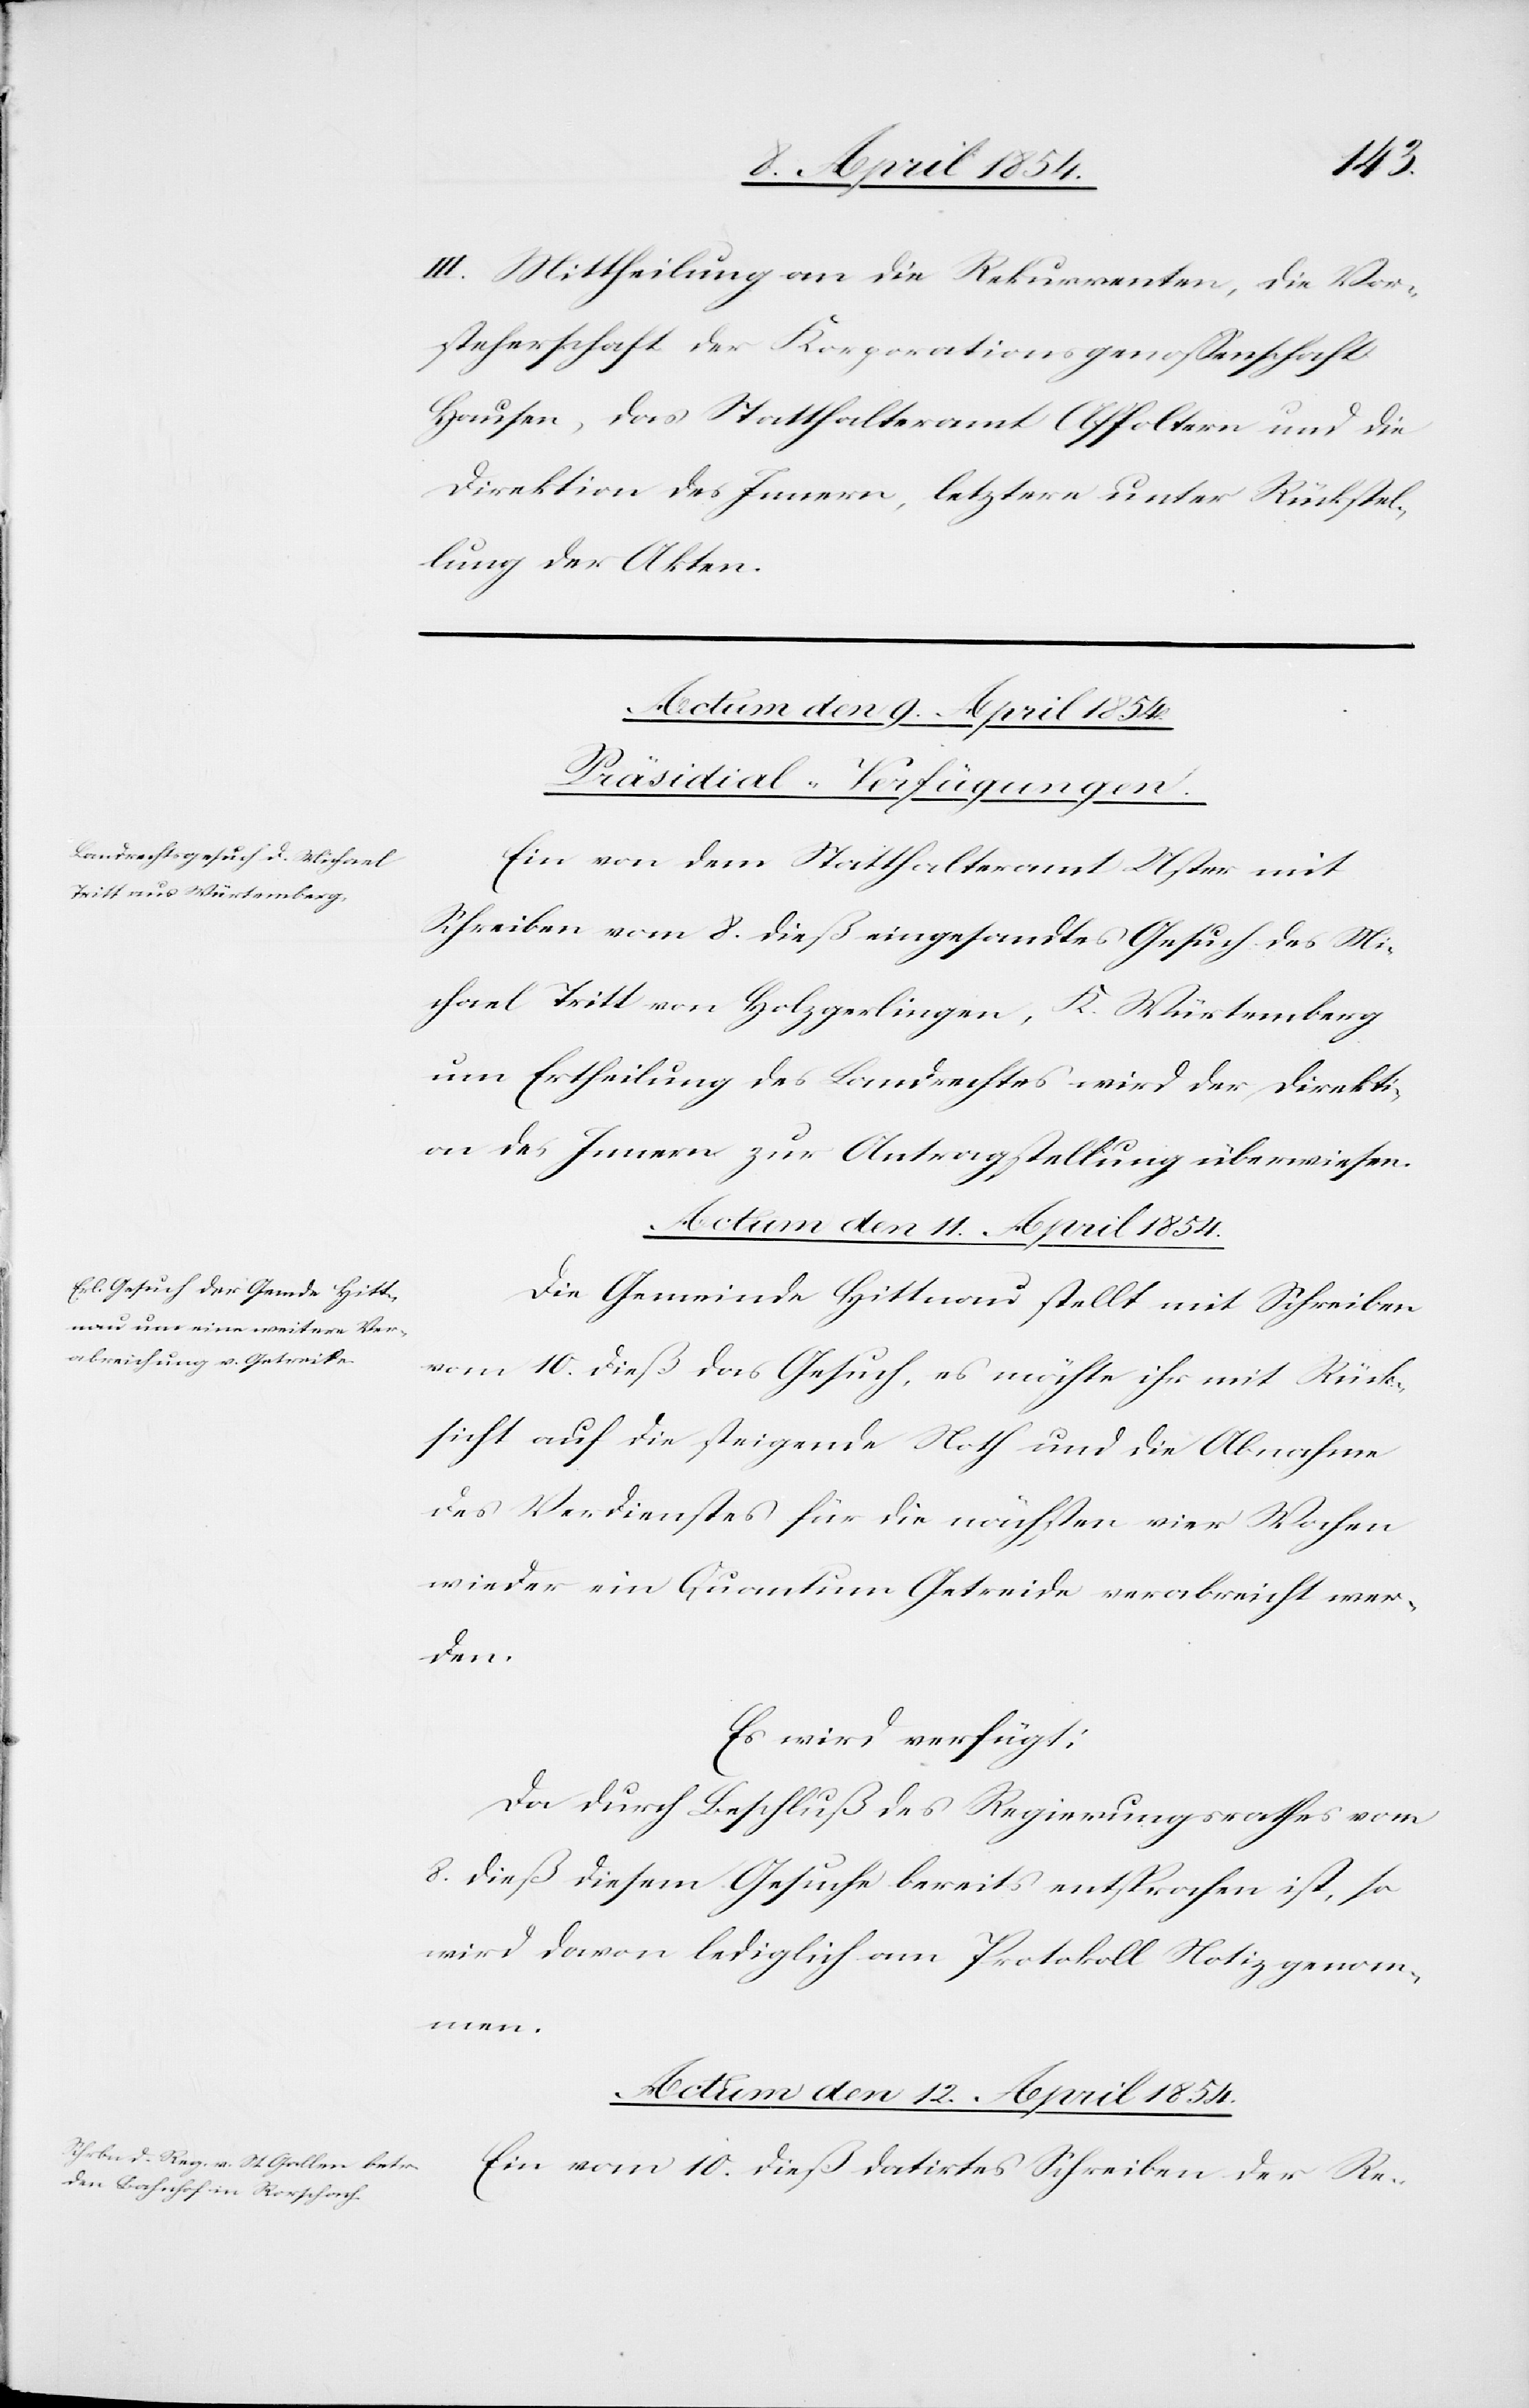
III. Mittheilung an die Rekurrenten, die Vor¬
steherschaft der Korporationsgenoßenschaft
Hausen, das Statthalteramt Affoltern und die
Direktion des Innern, letztere unter Rückstel¬
lung der Akten.
[Präsidial-Verfügungen.]
Ein von dem Statthalteramt Uster mit
Schreiben vom 8. dieß eingesandtes Gesuch des Mi¬
chael Tritt von Holzgerlingen, K. Würtemberg
um Ertheilung des Landrechtes wird der Direkti¬
on des Innern zur Antragstellung überwiesen.
Actum den 12. April 1854.
Die Gemeinde Hittnau stellt mit Schreiben
vom 10. dieß das Gesuch, es möchte ihr mit Rück¬
sicht auf die steigende Noth und die Abnahme
des Verdienstes für die nächsten vier Wochen
wieder ein Quantum Getreide verabreicht wer¬
den.
Es wird verfügt:
Da durch Beschluß des Regierungsrathes vom
8. dieß diesem Gesuche bereits entsprochen ist, so
wird davon lediglich am Protokoll Notiz benom¬
men.
Ein vom 10. dieß datirtes Schreiben der Re-